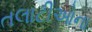
તલાટીઓના